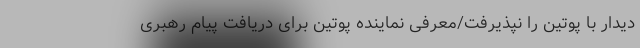
دیدار با پوتین را نپذیرفت/معرفی نماینده پوتین برای دریافت پیام رهبری